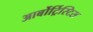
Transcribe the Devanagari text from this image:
आर्बोर्ट्रिस्टिस